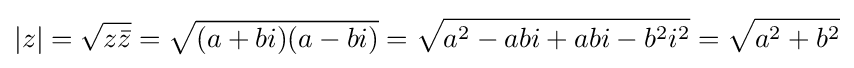
\left|z\right|={\sqrt {z{\bar {z}}}}={\sqrt {(a+bi)(a-bi)}}={\sqrt {a^{2}-abi+abi-b^{2}i^{2}}}={\sqrt {a^{2}+b^{2}}}